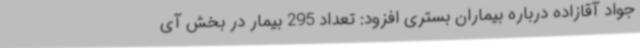
جواد آقازاده درباره بیماران بستری افزود: تعداد 295 بیمار در بخش آی